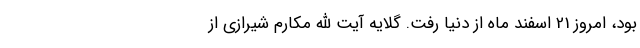
بود، امروز 21 اسفند ماه از دنیا رفت. گلایه آیت الله مکارم شیرازی از